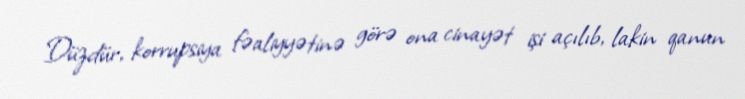
Düzdür, korrupsiya fəaliyyətinə görə ona cinayət işi açılıb, lakin qanun